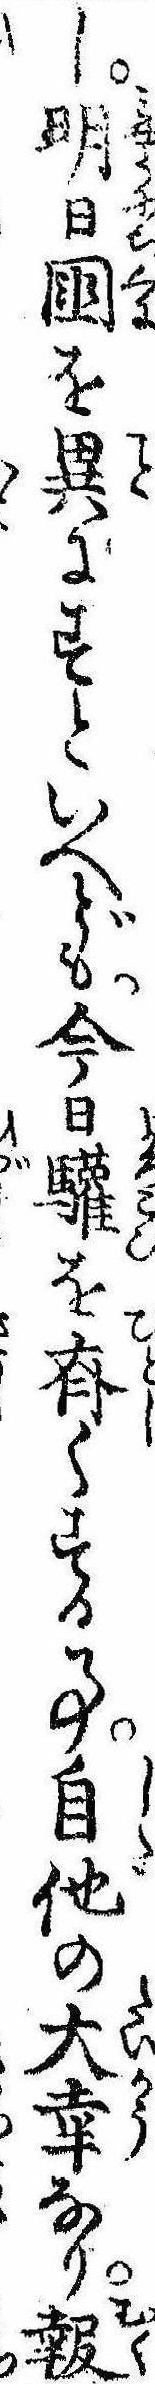
し明日国を異にすといへども今日驩を斉くする事自他の大幸なり報